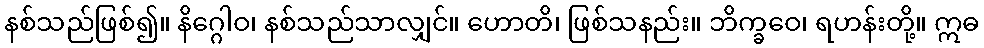
နစ်သည်ဖြစ်၍။ နိဂ္ဂေါဝ၊ နစ်သည်သာလျှင်။ ဟောတိ၊ ဖြစ်သနည်း။ ဘိက္ခဝေ၊ ရဟန်းတို့။ ဣဓ